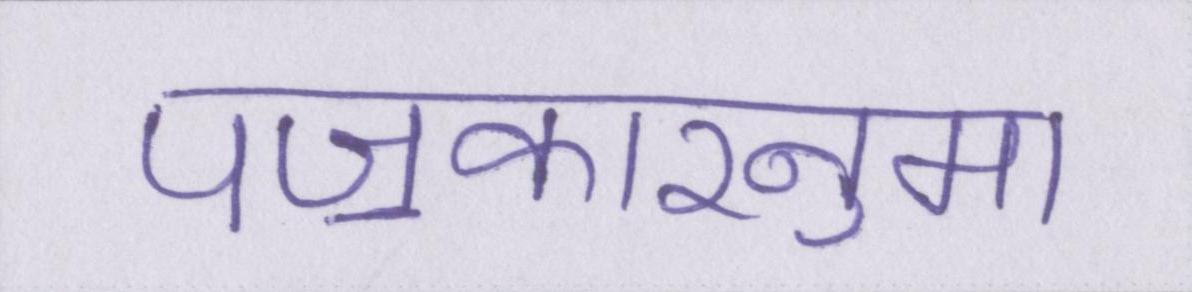
पॼकारनुमा